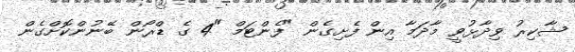
ޝާކިރު ވިދާޅުވީ މާދަމާ އިން ފެށިގެން "ފެންޓަމް "4 ގެ ޑްރޯން ބޭނުންކޮށްގެން